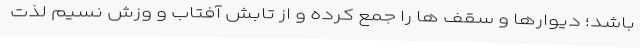
باشد؛ دیوارها و سقف ها را جمع کرده و از تابش آفتاب و وزش نسیم لذت